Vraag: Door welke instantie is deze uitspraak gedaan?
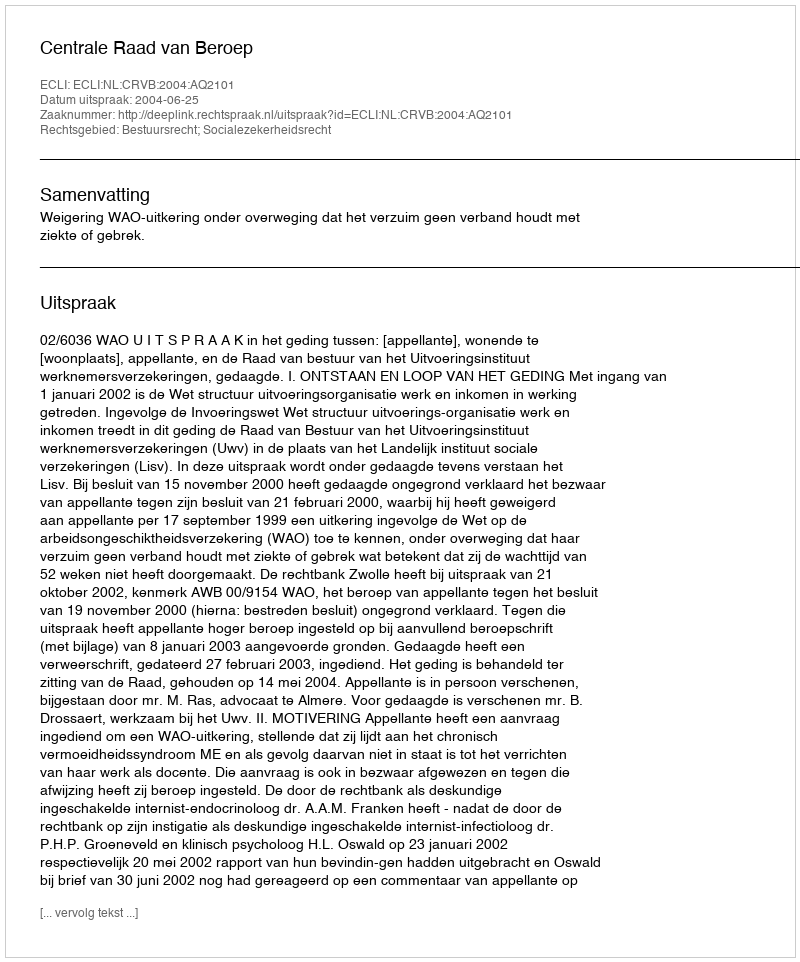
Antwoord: Centrale Raad van Beroep